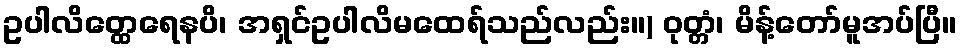
ဥပါလိတ္ထေရေနပိ၊ အရှင်ဥပါလိမထေရ်သည်လည်း။) ဝုတ္တံ၊ မိန့်တော်မူအပ်ပြီ။